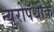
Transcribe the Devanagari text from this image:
न्युरोपॅथीक